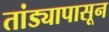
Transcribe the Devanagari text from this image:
तांड्यापासून